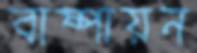
বাষ্পায়ন